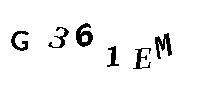
G361EM